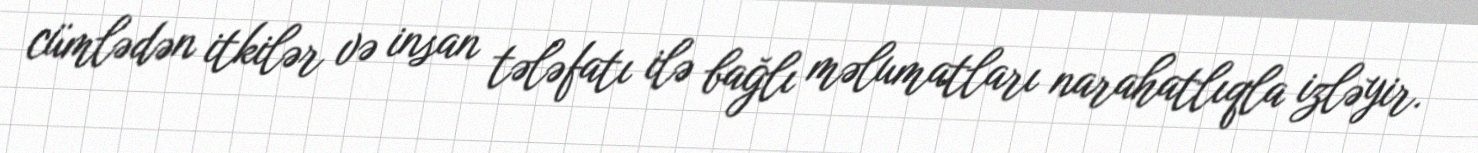
cümlədən itkilər və insan tələfatı ilə bağlı məlumatları narahatlıqla izləyir.